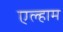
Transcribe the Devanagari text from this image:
एल्हाम